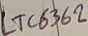
Text: LTC6362